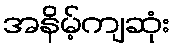
အနိမ့်ကျဆုံး